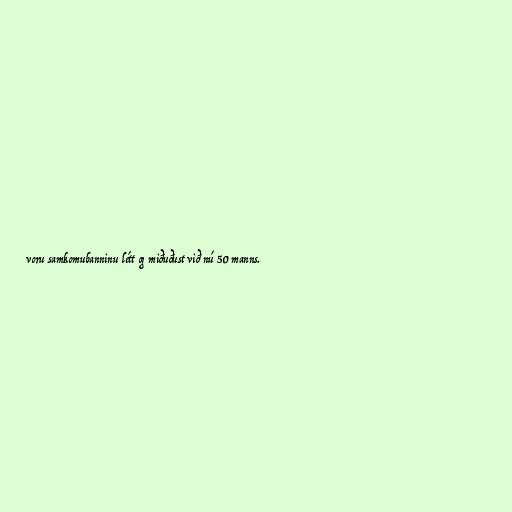
voru samkomubanninu létt og miðuðust við nú 50 manns.